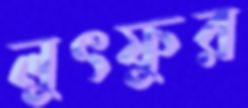
লুৎফুর